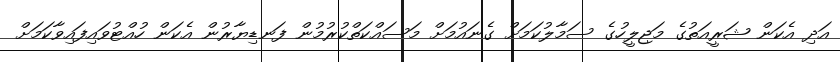
އަދި އެކަން ޝަރީއަތުގެ މަޖިލީހުގެ ސަމާލުކަމަށް ގެނައުމަށް މަސައްކަތްކުރުމުން ފަނޑިޔާރުން އެކަން ހުއްޓުވައިފައިވާކަމަށް